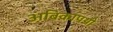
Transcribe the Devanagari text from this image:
अंबिकापथी